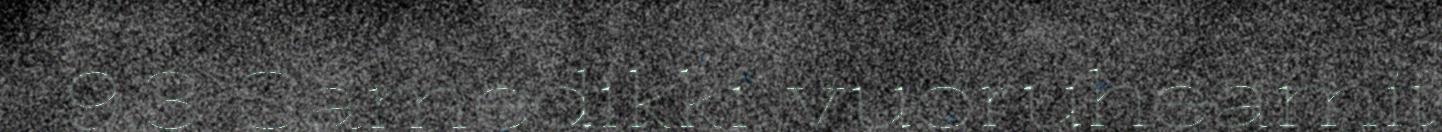
9.3 Sámedikki vuoruheamit